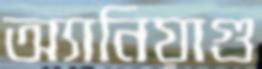
অ্যানিয়াগু